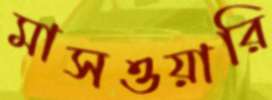
মাসওয়ারি